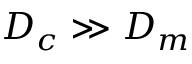
D _ { c } \gg D _ { m }